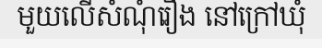
មួយលើសំណុំរឿង នៅក្រៅឃុំ